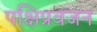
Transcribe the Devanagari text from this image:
पक्षिप्रवजन